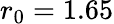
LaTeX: r_{0}=1.65